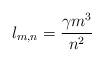
LaTeX: \begin{align*}l_{m,n} = \frac{\gamma m^3}{n^2} \end{align*}